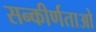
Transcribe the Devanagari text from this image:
सन्कीर्णताओ